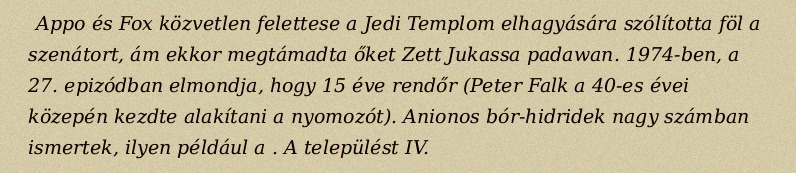
Appo és Fox közvetlen felettese a Jedi Templom elhagyására szólította föl a szenátort, ám ekkor megtámadta őket Zett Jukassa padawan. 1974-ben, a 27. epizódban elmondja, hogy 15 éve rendőr (Peter Falk a 40-es évei közepén kezdte alakítani a nyomozót). Anionos bór-hidridek nagy számban ismertek, ilyen például a . A települést IV.